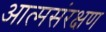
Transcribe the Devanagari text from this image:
आत्मसंरक्षण